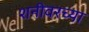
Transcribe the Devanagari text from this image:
शनीवरच्या